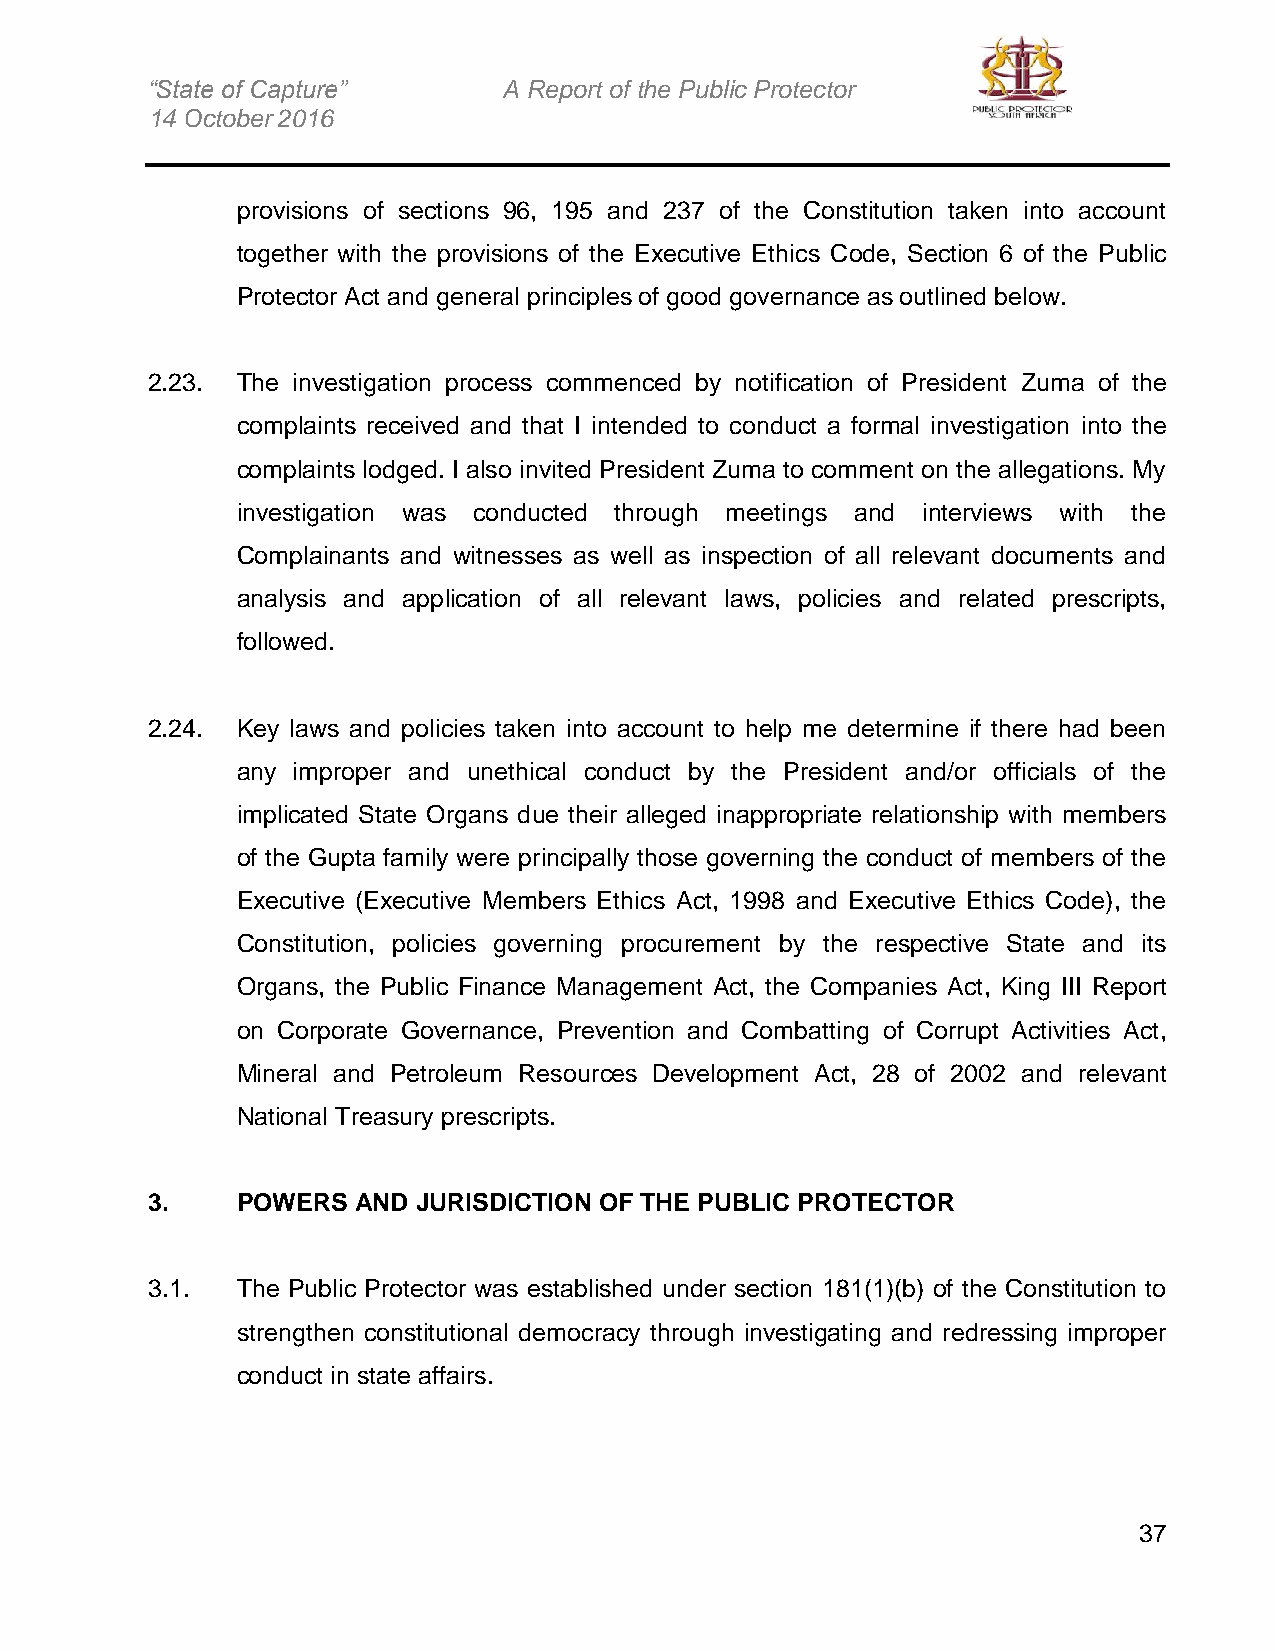
“State of Capture”     A Report of the Public Protector
 14 October 2016
 provisions of sections 96, 195 and 237 of the Constitution taken into account
 together with the provisions of the Executive Ethics Code, Section 6 of the Public
 Protector Act and general principles of good governance as outlined below.
 2.23. The investigation process commenced by notification of President Zuma of the
 complaints received and that I intended to conduct a formal investigation into the
 complaints lodged. I also invited President Zuma to comment on the allegations. My
 investigation was conducted through meetings and interviews with the
 Complainants and witnesses as well as inspection of all relevant documents and
 analysis and application of all relevant laws, policies and related prescripts,
 followed.
 2.24. Key laws and policies taken into account to help me determine if there had been
 any improper and unethical conduct by the President and/or officials of the
 implicated State Organs due their alleged inappropriate relationship with members
 of the Gupta family were principally those governing the conduct of members of the
 Executive (Executive Members Ethics Act, 1998 and Executive Ethics Code), the
 Constitution, policies governing procurement by the respective State and its
 Organs, the Public Finance Management Act, the Companies Act, King III Report
 on Corporate Governance, Prevention and Combatting of Corrupt Activities Act,
 Mineral and Petroleum Resources Development Act, 28 of 2002 and relevant
 National Treasury prescripts.
 3.    POWERS AND  JURISDICTION OF THE PUBLIC PROTECTOR
 3.1.  The Public Protector was established under section 181(1)(b) of the Constitution to
 strengthen constitutional democracy through investigating and redressing improper
 conduct in state affairs.
 37